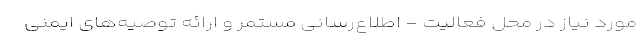
مورد نیاز در محل فعالیت - اطلاع‌رسانی مستمر و ارائه توصیه‌های ایمنی